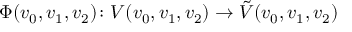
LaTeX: \Phi ( v _ { 0 } , v _ { 1 } , v _ { 2 } ) \colon V ( v _ { 0 } , v _ { 1 } , v _ { 2 } ) \to \tilde { V } ( v _ { 0 } , v _ { 1 } , v _ { 2 } )